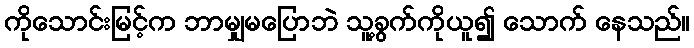
ကိုသောင်းမြင့်က ဘာမျှမပြောဘဲ သူ့ခွက်ကိုယူ၍ သောက် နေသည်။